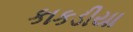
કાકડીયા